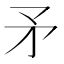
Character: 矛